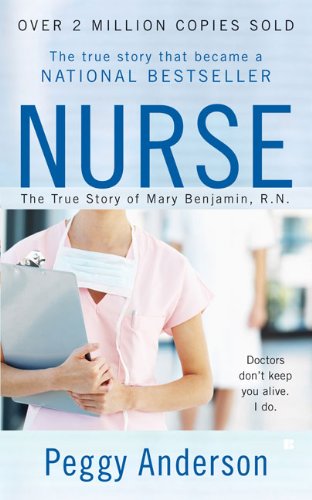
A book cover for Nurse: The True Story of Mary Benjamin, R.N.; Peggy Anderson; Medical Books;